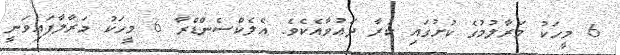
6 މީހަކު މަރާލުމުގެ ކުށުގައި ކުރާ ދަޢުވާއެކެވެ. އެލެކްސެންޑްރާ 6 މީހަކު މަރާލާފައިވަނީ